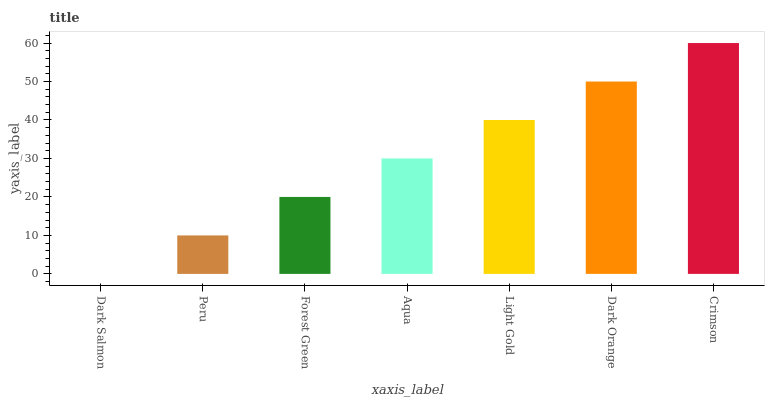
| xaxis_label | bars |
 | --- | --- |
 | Dark Salmon | 0 |
 | Peru | 10 |
 | Forest Green | 20 |
 | Aqua | 30 |
 | Light Gold | 40 |
 | Dark Orange | 50 |
 | Crimson | 60 |